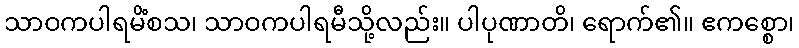
သာဝကပါရမိံစသ၊ သာဝကပါရမီသို့လည်း။ ပါပုဏာတိ၊ ရောက်၏။ ဧကစ္စော၊